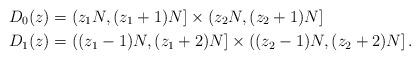
LaTeX: \begin{align*}D_0(z)&=\left(z_1N,(z_1+1)N\right]\times\left(z_2N,(z_2+1)N\right]\\D_1(z)&=\left((z_1-1)N,(z_1+2)N\right]\times\left((z_2-1)N,(z_2+2)N\right].\end{align*}